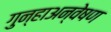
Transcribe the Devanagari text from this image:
गुन्हाअन्वेषण